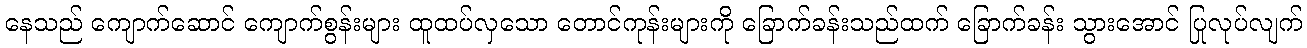
နေသည် ကျောက်ဆောင် ကျောက်စွန်းများ ထူထပ်လှသော တောင်ကုန်းများကို ခြောက်ခန်းသည်ထက် ခြောက်ခန်း သွားအောင် ပြုလုပ်လျက်